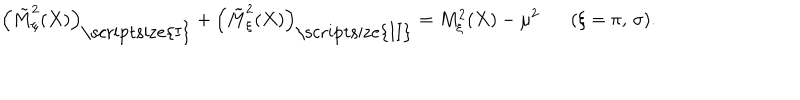
\left( \tilde { M } _ { \xi } ^ { 2 } ( X ) \right) _ { \mathrm { \scriptsize { I } } } + \left( \tilde { M } _ { \xi } ^ { 2 } ( X ) \right) _ { \mathrm { \scriptsize { I I } } } = M _ { \xi } ^ { 2 } ( X ) - \mu ^ { 2 } ( \xi = \pi , \, \sigma ) .